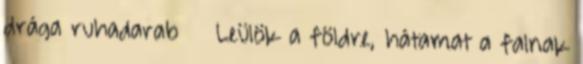
drága ruhadarab Leülök a földre, hátamat a falnak